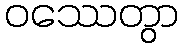
ဝဿေတွာ